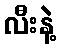
လီးနဲ့